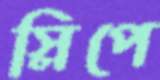
স্লিপে